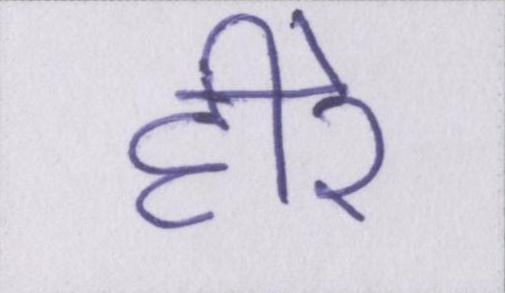
हीरे